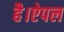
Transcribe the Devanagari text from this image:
है।ऐपल